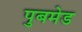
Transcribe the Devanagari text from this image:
पुबमेड